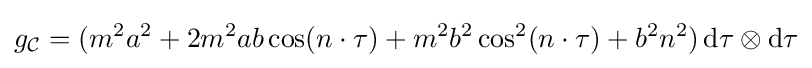
g_{\mathcal {C}}=(m^{2}a^{2}+2m^{2}ab\cos(n\cdot \tau )+m^{2}b^{2}\cos ^{2}(n\cdot \tau )+b^{2}n^{2})\,\mathrm {d} \tau \otimes \mathrm {d} \tau